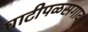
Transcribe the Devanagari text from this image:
घाटीपळसगाव